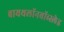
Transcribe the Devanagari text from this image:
बायथलॉनबॉब्स्लेड